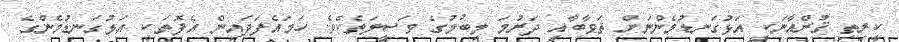
ކީރިތި ޤުރްއާނަކީ އަޅުގަނޑުމެންނަށް ޘަވާބާއި ދަރުމަ ލިބުމުގެ ވަސީލަތެކެވެ. ހަމައެފަދައިން އެފޮތަކީ އަޅުގަނޑުމެންގެ